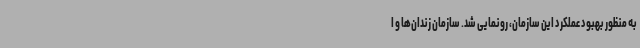
به منظور بهبود عملکرد این سازمان، رونمایی شد. سازمان زندان‌ها و ا